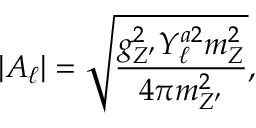
\left| A _ { \ell } \right| = \sqrt { \frac { g _ { Z ^ { \prime } } ^ { 2 } Y _ { \ell } ^ { a 2 } m _ { Z } ^ { 2 } } { 4 \pi m _ { Z ^ { \prime } } ^ { 2 } } } ,